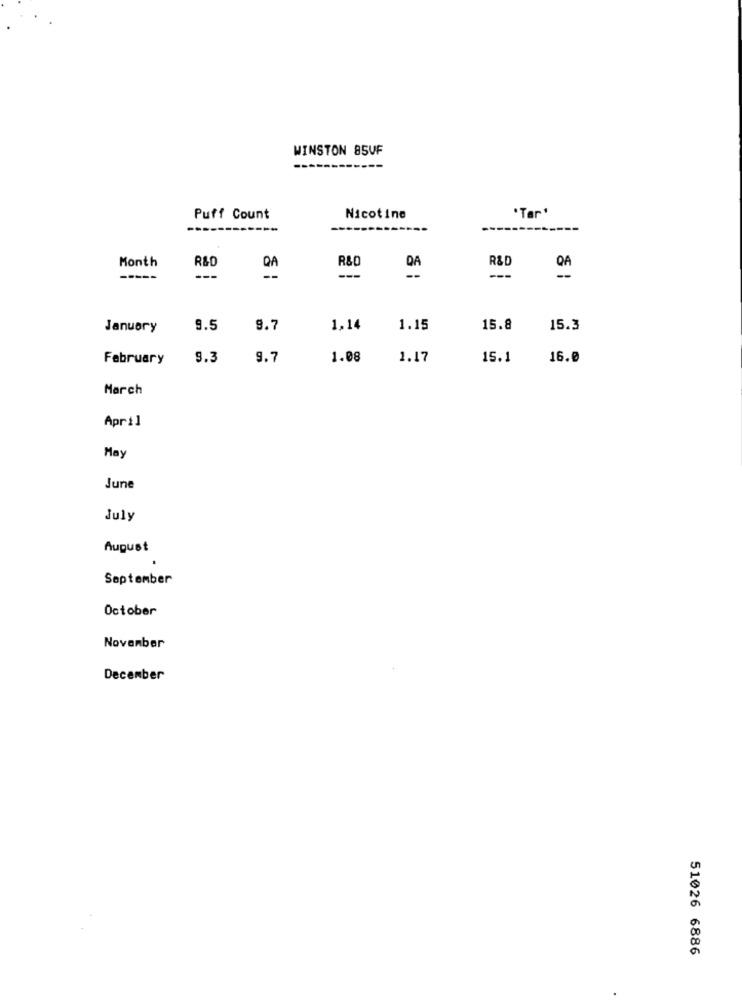
WINSTON 85VF
Puff Count
Nicotine
*Tar'
R&D
R&D
Month
R&D
DA
-----
---
---
January
9.5
9.7
1,14
1.15
15.8
15.3
February
9.3
9.7
1.08
1.17
15.1
16.0
March
April
May
June
July
August
September
October
November
December
51026 6886